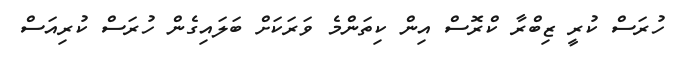
ހުރަސް ކުރީ ޒިބްރާ ކްރޮސް އިން ކިތަންމެ ވަރަކަށް ބަލައިގެން ހުރަސް ކުރިއަސް